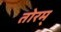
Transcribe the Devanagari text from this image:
तोरम्